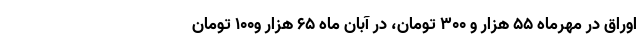
اوراق در مهرماه ۵۵ هزار و ۳۰۰ تومان، در آبان ماه ۶۵ هزار و۱۰۰ تومان